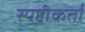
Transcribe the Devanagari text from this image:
स्पष्टीकर्ता